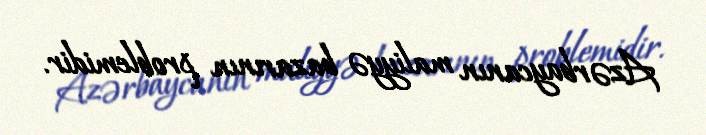
Azərbaycanın maliyyə bazarının problemidir.